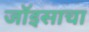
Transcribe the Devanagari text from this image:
जॉइसाचा